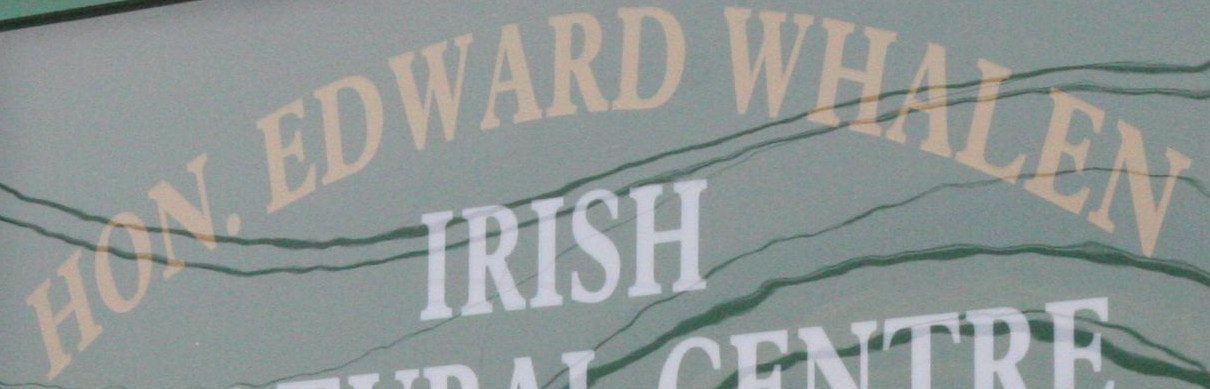
HON. EDWARD WHALEN